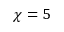
\chi = 5